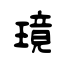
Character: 璄